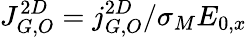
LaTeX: J_{G,O}^{2D}=j_{G,O}^{2D}/\sigma_{M}E_{0,x}